Report on the working of the Ranchi Indian Mental Hospital, Kanke, in Bihar and Orissa - 1930-1940
Year: 1930
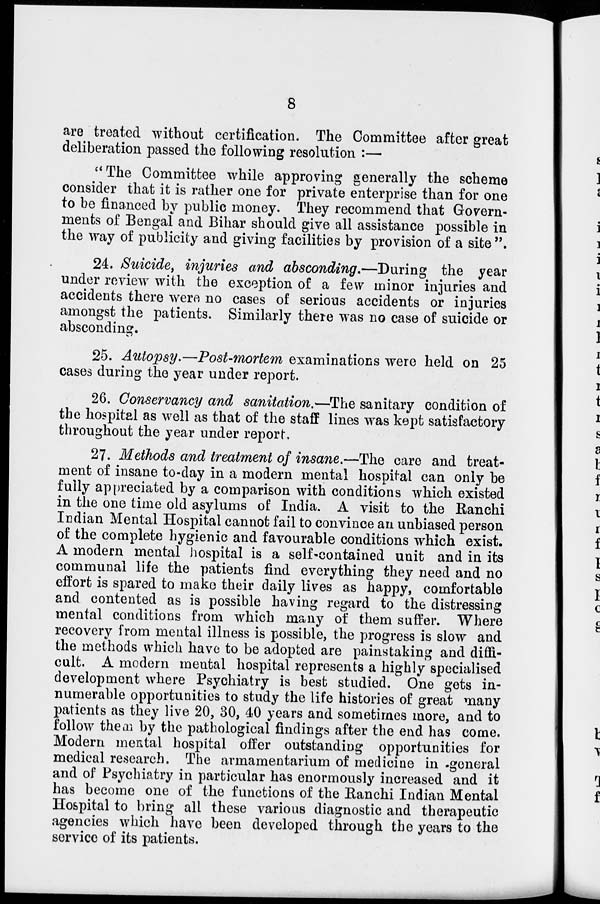
8
are treated without certification. The Committee after great
deliberation passed the following resolution :—
"The Committee while approving generally the scheme
consider that it is rather one for private enterprise than for one
to be financed by public money. They recommend that Govern-
ments of Bengal and Bihar should give all assistance possible in
the way of publicity and giving facilities by provision of a site ''.
24. Suicide, injuries and absconding.—During the year
under review with the exception of a few minor injuries and
accidents there were no cases of serious accidents or injuries
amongst the patients. Similarly there was no case of suicide or
absconding.
25. Autopsy.—Post-mortem examinations were held on 25
cases during the year under report.
26. Conservancy and sanitation.—The sanitary condition of
the hospital as well as that of the staff lines was kept satisfactory
throughout the year under report.
27. Methods and treatment of insane.—The care and treat-
ment of insane to-day in a modern mental hospital can only be
fully appreciated by a comparison with conditions which existed
in the one time old asylums of India. A visit to the Ranchi
Indian Mental Hospital cannot fail to convince an unbiased person
of the complete hygienic and favourable conditions which exist.
A modern mental hospital is a self-contained unit and in its
communal life the patients find everything they need and no
effort is spared to make their daily lives as happy, comfortable
and contented as is possible having regard to the distressing
mental conditions from which many of them suffer. Where
recovery from mental illness is possible, the progress is slow and
the methods which have to be adopted are painstaking and diffi-
cult. A modern mental hospital represents a highly specialised
development where Psychiatry is best studied. One gets in-
numerable opportunities to study the life histories of great many
patients as they live 20, 30, 40 years and sometimes more, and to
follow them by the pathological findings after the end has come.
Modern mental hospital offer outstanding opportunities for
medical research. The armamentarium of medicine in-general
and of Psychiatry in particular has enormously increased and it
has become one of the functions of the Ranchi Indian Mental
Hospital to bring all these various diagnostic and therapeutic
agencies which have been developed through the years to the
service of its patients.